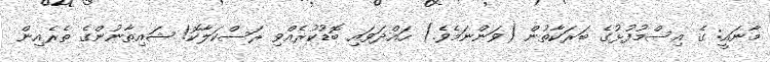
މާނައީ: ގެ އިސްމުފުޅުގެ ބަރަކާތުން (ވަންނަމެވެ.) ހައްދަވައި ބޮޑުކުރެއްވި ރަސްކަލާކޮ! ޝައިޠާނުންގެ ތެރެއިން